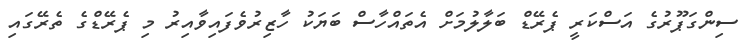
ސިންގަޕޫރުގެ އަސްކަރީ ޕެރޭޑް ބަލާލުމަށް އެތައްހާސް ބަޔަކު ހާޒިރުވެފައިވާއިރު މި ޕެރޭޑްގެ ތެރޭގައި